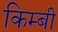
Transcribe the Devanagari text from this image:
किम्बी